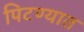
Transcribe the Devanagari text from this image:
पिटण्यात